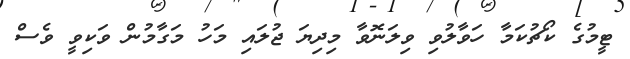
ޓީމުގެ ކޯޗުކަމާ ހަވާލުވި ވިލަނޮވާ މިދިޔަ ޖުލައި މަހު މަގާމުން ވަކިވީ ވެސް